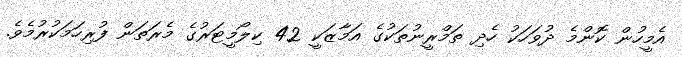
އެމީހުން ކޮންމެ ދުވަހަކު ހެދި ތަމްރީނުތަކުގެ އަމާޒަކީ 42 ކިލޯމީޓަރުގެ މެރަތަން ފުރިހަމަކުރުމެވެ.